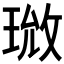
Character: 𪻰